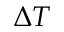
\Delta T